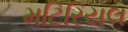
મટિરિયલ